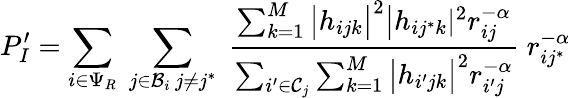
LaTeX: P_{I}^{\prime}=\sum_{i\in\Psi_{R}}\; \sum_{\substack{j\in\mathcal{B}_{i}\, j\neq j^{*}}}\; \frac{\sum_{k=1}^{M}\big|h_{ijk}\big|^{2}\big|h_{ij^{*}k}|^{2}r_{ij}^{-\alpha}}{\sum_{i^{\prime}\in\mathcal{C}_{j}}\sum_{k=1}^{M}\big|h_{i^{\prime}jk}\big|^{2}r_{i^{\prime}j}^{-\alpha}}\; r_{ij^{*}}^{-\alpha}